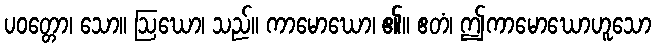
ပဝတ္တော၊ သော။ ဩဃော၊ သည်။ ကာမောဃော၊ ၏။ ဧတံ၊ ဤကာမောဃောဟူသော